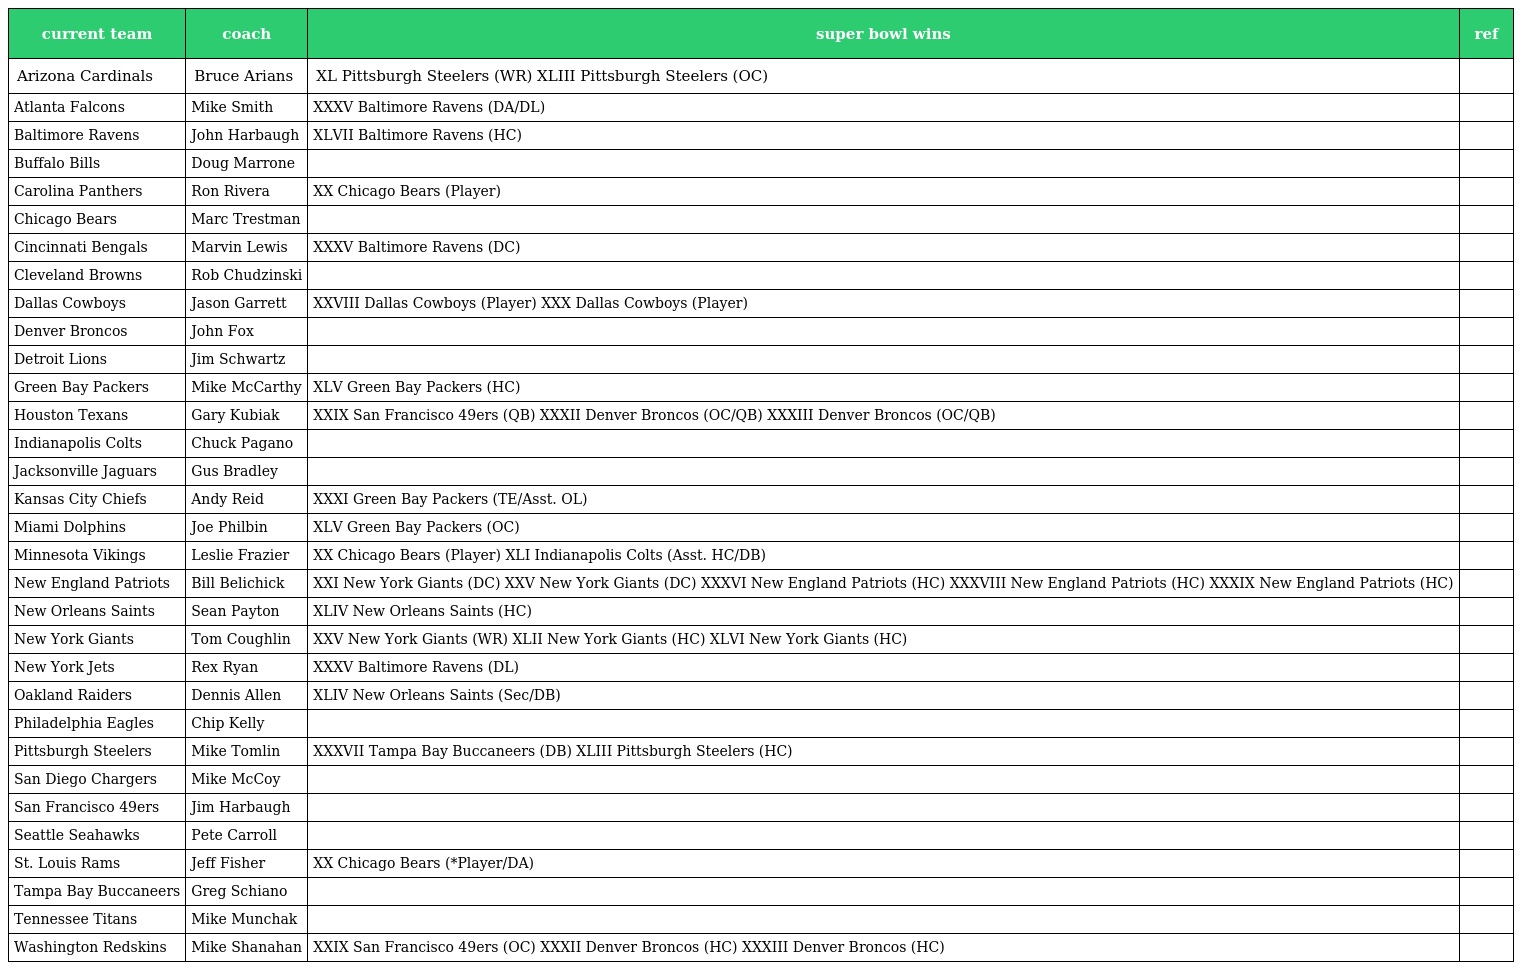
| current team | coach | super bowl wins | ref |
 | --- | --- | --- | --- |
 | Arizona Cardinals | Bruce Arians | XL Pittsburgh Steelers (WR) XLIII Pittsburgh Steelers (OC) |  |
 | Atlanta Falcons | Mike Smith | XXXV Baltimore Ravens (DA/DL) |  |
 | Baltimore Ravens | John Harbaugh | XLVII Baltimore Ravens (HC) |  |
 | Buffalo Bills | Doug Marrone |  |  |
 | Carolina Panthers | Ron Rivera | XX Chicago Bears (Player) |  |
 | Chicago Bears | Marc Trestman |  |  |
 | Cincinnati Bengals | Marvin Lewis | XXXV Baltimore Ravens (DC) |  |
 | Cleveland Browns | Rob Chudzinski |  |  |
 | Dallas Cowboys | Jason Garrett | XXVIII Dallas Cowboys (Player) XXX Dallas Cowboys (Player) |  |
 | Denver Broncos | John Fox |  |  |
 | Detroit Lions | Jim Schwartz |  |  |
 | Green Bay Packers | Mike McCarthy | XLV Green Bay Packers (HC) |  |
 | Houston Texans | Gary Kubiak | XXIX San Francisco 49ers (QB) XXXII Denver Broncos (OC/QB) XXXIII Denver Broncos (OC/QB) |  |
 | Indianapolis Colts | Chuck Pagano |  |  |
 | Jacksonville Jaguars | Gus Bradley |  |  |
 | Kansas City Chiefs | Andy Reid | XXXI Green Bay Packers (TE/Asst. OL) |  |
 | Miami Dolphins | Joe Philbin | XLV Green Bay Packers (OC) |  |
 | Minnesota Vikings | Leslie Frazier | XX Chicago Bears (Player) XLI Indianapolis Colts (Asst. HC/DB) |  |
 | New England Patriots | Bill Belichick | XXI New York Giants (DC) XXV New York Giants (DC) XXXVI New England Patriots (HC) XXXVIII New England Patriots (HC) XXXIX New England Patriots (HC) |  |
 | New Orleans Saints | Sean Payton | XLIV New Orleans Saints (HC) |  |
 | New York Giants | Tom Coughlin | XXV New York Giants (WR) XLII New York Giants (HC) XLVI New York Giants (HC) |  |
 | New York Jets | Rex Ryan | XXXV Baltimore Ravens (DL) |  |
 | Oakland Raiders | Dennis Allen | XLIV New Orleans Saints (Sec/DB) |  |
 | Philadelphia Eagles | Chip Kelly |  |  |
 | Pittsburgh Steelers | Mike Tomlin | XXXVII Tampa Bay Buccaneers (DB) XLIII Pittsburgh Steelers (HC) |  |
 | San Diego Chargers | Mike McCoy |  |  |
 | San Francisco 49ers | Jim Harbaugh |  |  |
 | Seattle Seahawks | Pete Carroll |  |  |
 | St. Louis Rams | Jeff Fisher | XX Chicago Bears (*Player/DA) |  |
 | Tampa Bay Buccaneers | Greg Schiano |  |  |
 | Tennessee Titans | Mike Munchak |  |  |
 | Washington Redskins | Mike Shanahan | XXIX San Francisco 49ers (OC) XXXII Denver Broncos (HC) XXXIII Denver Broncos (HC) |  |